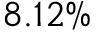
8 . 1 2 \%